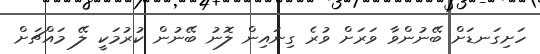
ހަށިގަނޑަށް ބޭނުންވާ ވަރަށް ވުރެ ގިނައިން ލޮނު ބޭނުން ކުރުމަކީ ލޭ މައްޗަށް